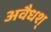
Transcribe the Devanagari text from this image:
अवैधश्